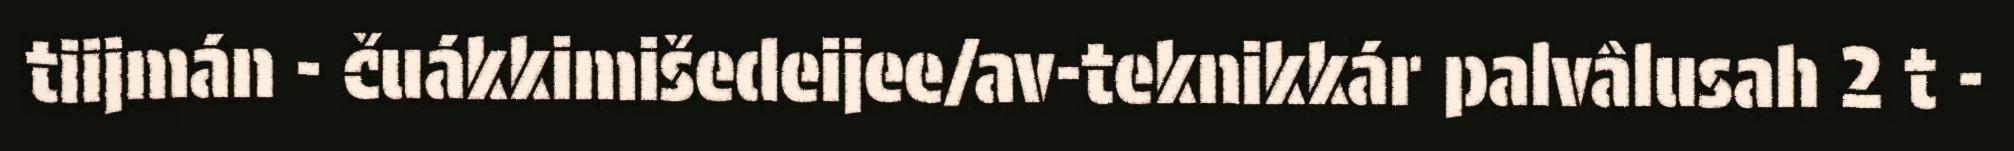
tiijmán - čuákkimišedeijee/av-teknikkár palvâlusah 2 t -